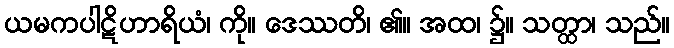
ယမကပါဋိဟာရိယံ၊ ကို။ ဒေဿတိ၊ ၏။ အထ၊ ၌။ သတ္ထာ၊ သည်။